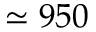
\simeq 9 5 0